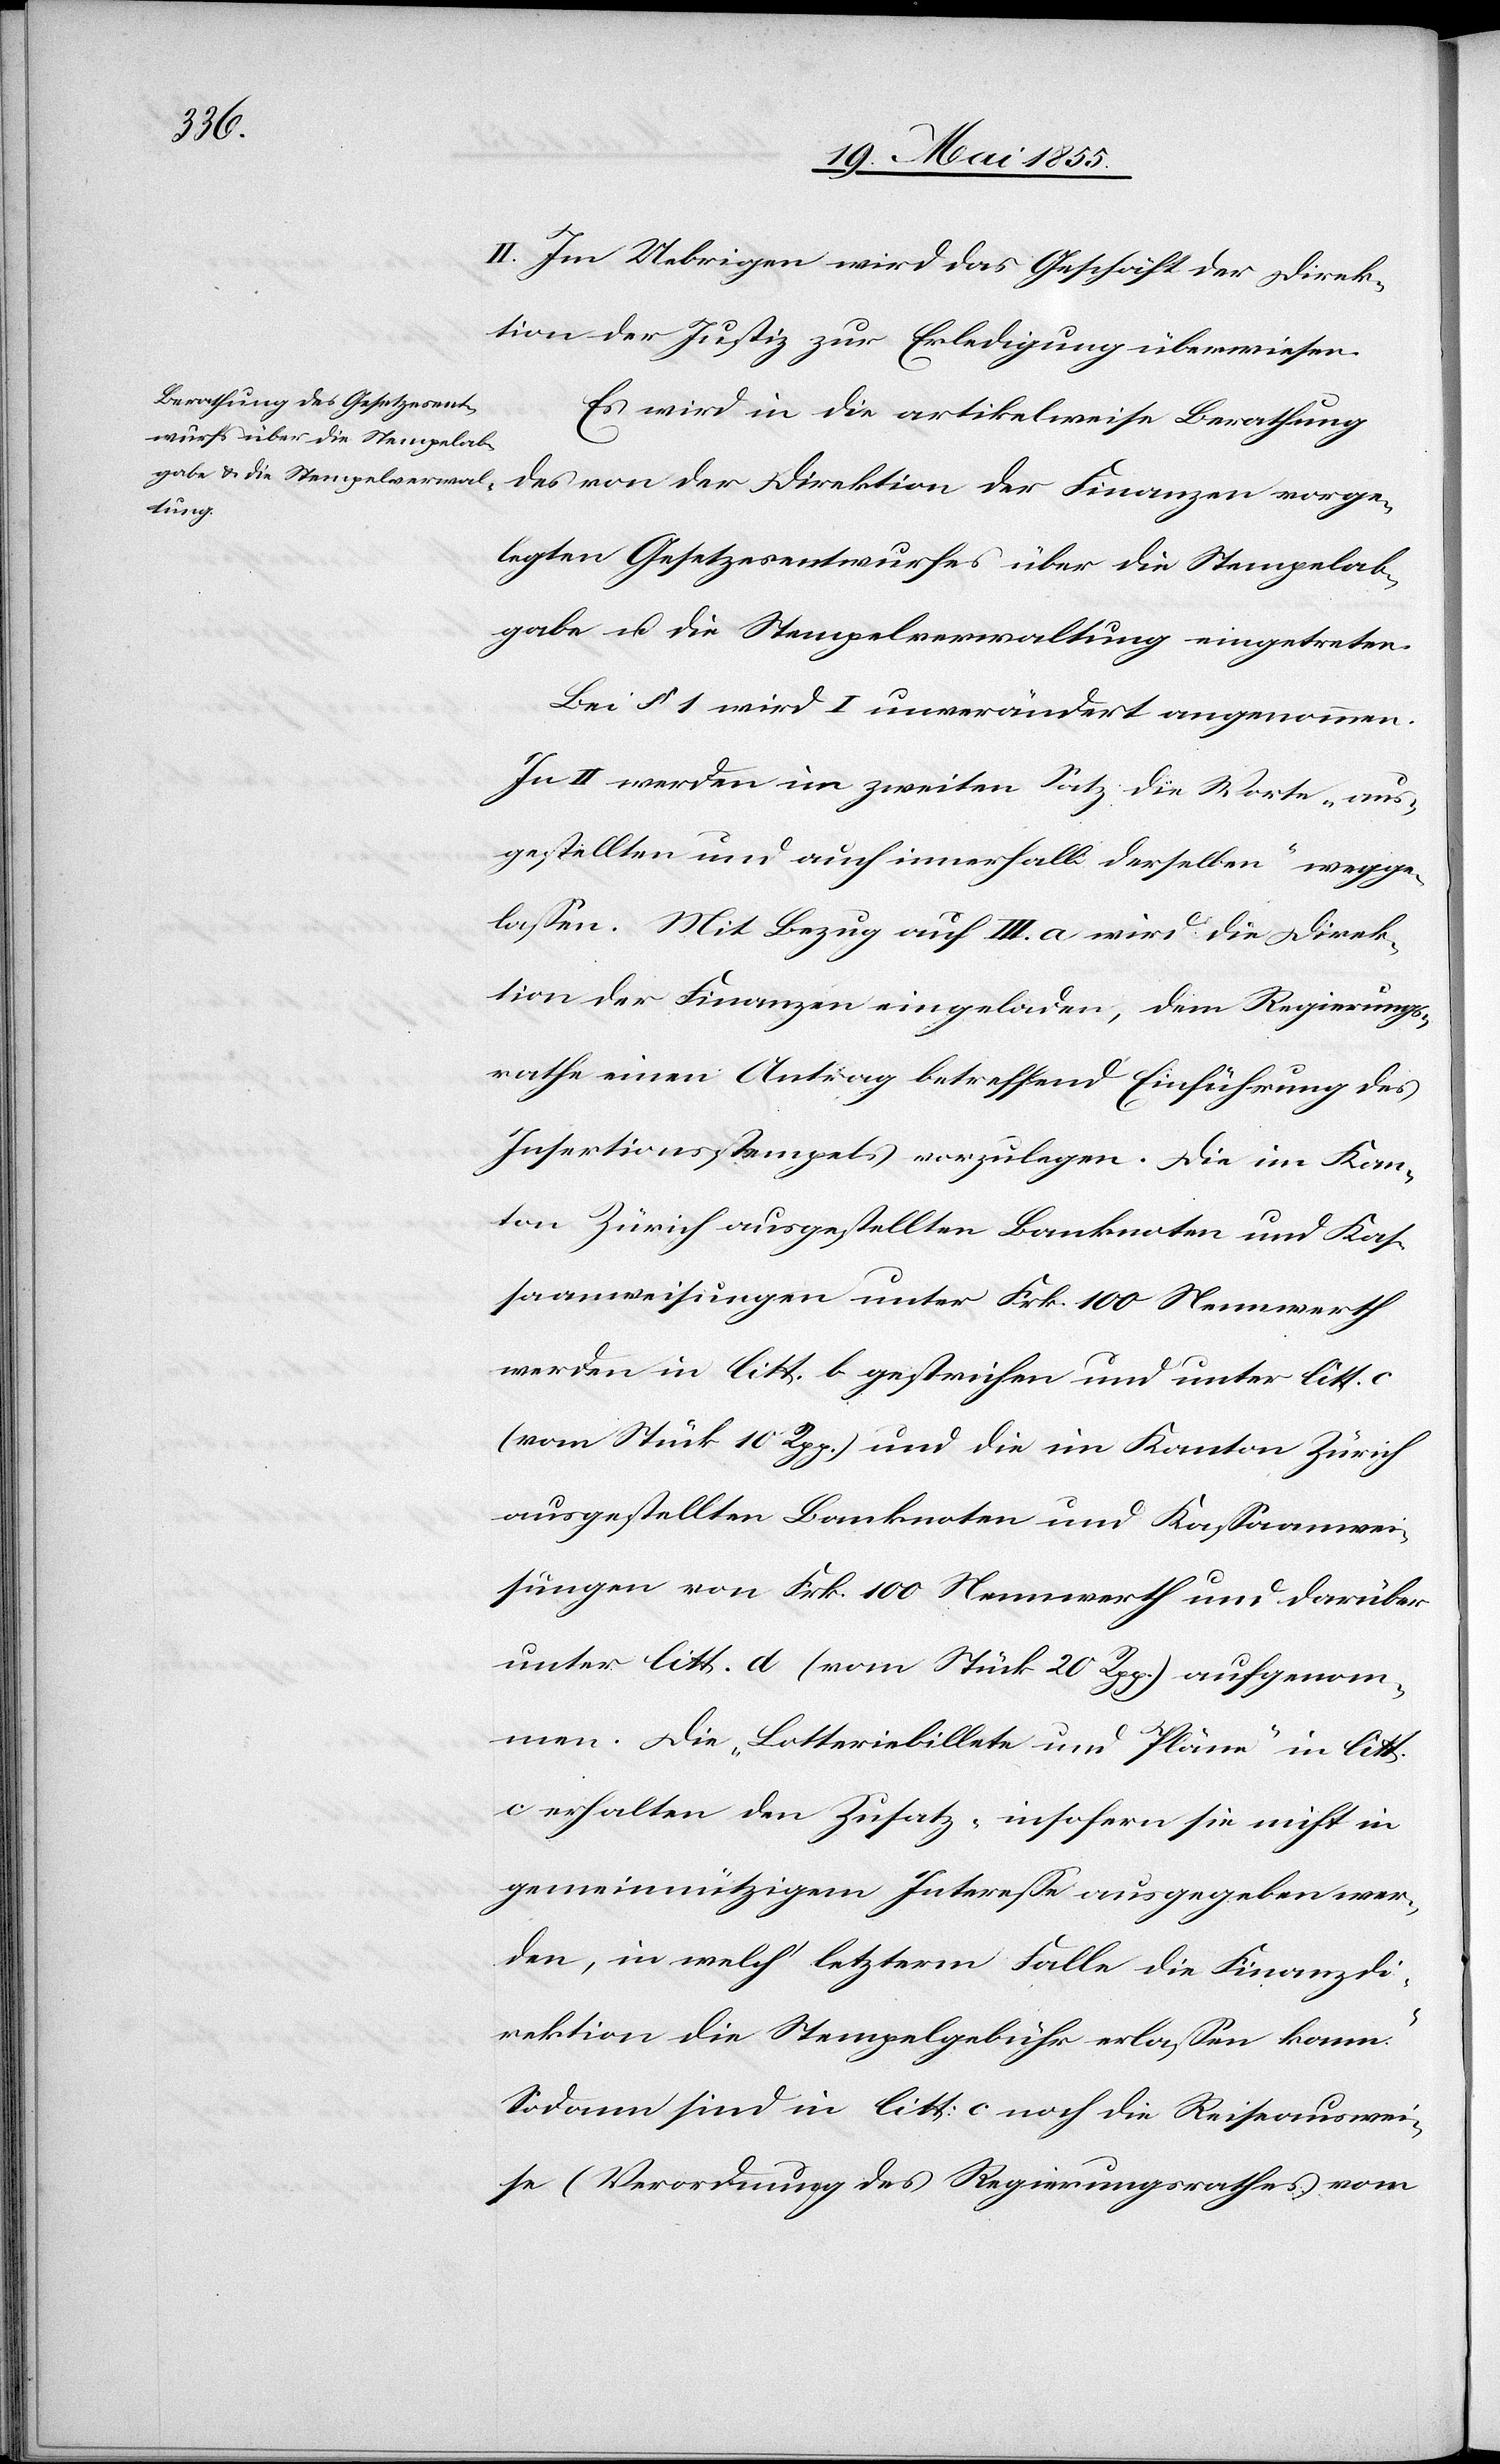
II. Im Uebrigen wird das Geschäft der Direk¬
tion der Justiz zur Erledigung überwiesen.
Es wird in die artikelweise Berathung
des von der Direktion der Finanzen vorge¬
legten Gesetzesentwurfes über die Stempelab¬
gabe u. die Stempelverwaltung eingetreten.
Bei § 1 wird I unverändert angenommen.
In II werden im zweiten Satz die Worte „aus¬
gestellten und auch innerhalb derselben“ wegge¬
lassen. Mit Bezug auf III. a wird die Direk¬
tion der Finanzen eingeladen, dem Regierungs¬
rathe einen Antrag betreffend Einführung des
Insertionsstempels vorzulegen. Die im Kan¬
ton Zürich ausgestellten Banknoten und Kas¬
saanweisungen unter Frk. 100 Nennwerth
werden in litt. b gestrichen und unter litt.
(vom Stück 10 Rpp.) und die im Kanton Zürich
ausgestellten Banknoten und Kassaanwei¬
sungen von Frk. 100 Nennwerth und darüber
unter litt. d (vom Stück 20 Rpp.) aufgenom¬
men. Die „Lotteriebillete und Pläne“ in litt.
c erhalten den Zusatz „insofern sie nicht in
gemeinnützigem Interesse ausgegeben wer¬
den, in welch‘ letzterm Falle die Finanzdi¬
rektion die Stempelgebühr erlassen kann.“
Sodann sind in litt: c noch die [„]Reiseauswei¬
se (Verordnung des Regierungsrathes vom